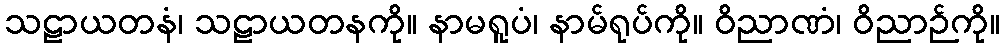
သဠာယတနံ၊ သဠာယတနကို။ နာမရူပံ၊ နာမ်ရုပ်ကို။ ဝိညာဏံ၊ ဝိညာဉ်ကို။